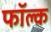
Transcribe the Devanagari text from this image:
फॉल्क